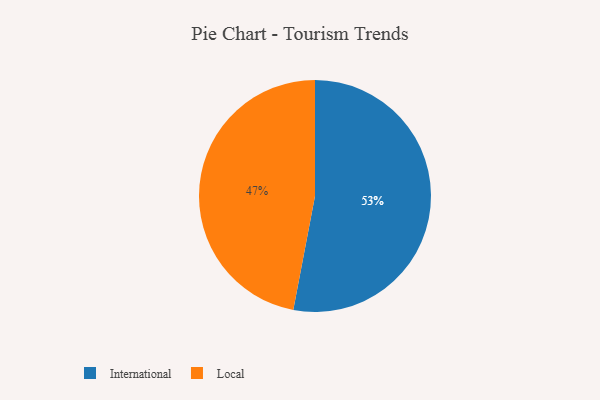
{"axis": {"x": "Category", "y": "Percentage"}, "legend": ["International", "Local"], "data": [{"x": "International", "y": 53, "type": "International"}, {"x": "Local", "y": 47, "type": "Local"}]}